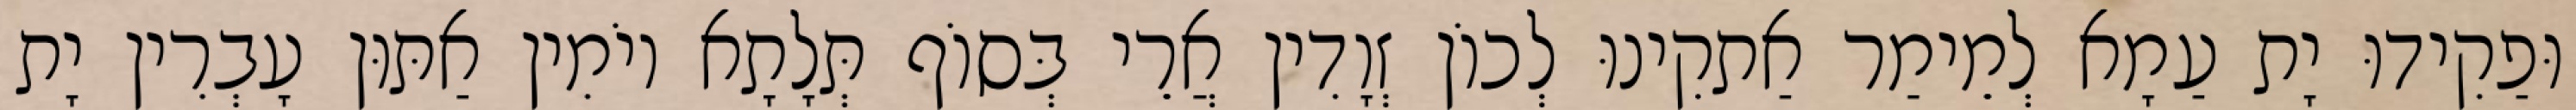
וּפַקִידוּ יָת עַמָא לְמֵימַר אַתקִינוּ לְכוֹן זְוָדִין אֲרֵי בְּסוֹף תְּלָתָא יוֹמִין אַתּוּן עָבְרִין יָת